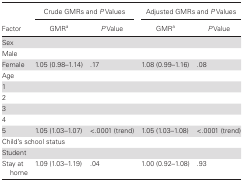
| <ROWSPAN=2> Factor | <COLSPAN=2> Crude GMRs and P Values | <COLSPAN=2> Adjusted GMRs and P Values |
 | GMRa | P Value | GMRa | P Value |
 | --- | --- | --- | --- | --- |
 | <COLSPAN=5> Sex |
 | Male |  |  |  |  |
 | Female | 1.05 (0.98–1.14) | .17 | 1.08 (0.99–1.16) | .08 |
 | <COLSPAN=5> Age |
 | 1 |  |  |  |  |
 | 2 |  |  |  |  |
 | 3 |  |  |  |  |
 | 4 |  |  |  |  |
 | 5 | 1.05 (1.03–1.07) | <.0001 (trend) | 1.05 (1.03–1.08) | <.0001 (trend) |
 | <COLSPAN=5> Child’s school status |
 | Student |  |  |  |  |
 | Stay at home | 1.09 (1.03–1.19) | .04 | 1.00 (0.92–1.08) | .93 |